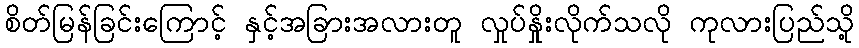
စိတ်မြန်ခြင်းကြောင့် နှင့်အခြားအလားတူ လှုပ်နှိုးလိုက်သလို ကုလားပြည်သို့